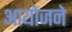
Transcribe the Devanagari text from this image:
आयोजने